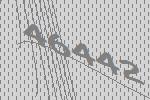
46442